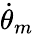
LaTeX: \dot{\theta}_{m}